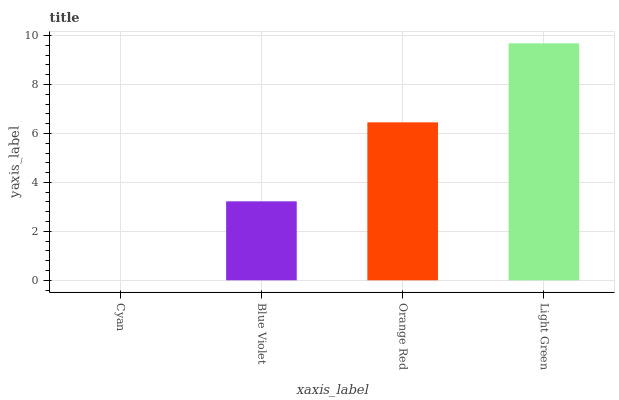
| xaxis_label | bars |
 | --- | --- |
 | Cyan | 0 |
 | Blue Violet | 3.23 |
 | Orange Red | 6.45 |
 | Light Green | 9.68 |